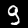
Digit: 9